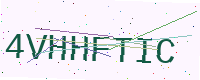
Text: 4VHHFTIC